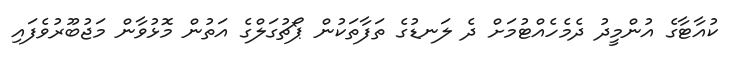
ކުއާޓާގެ އުންމީދު ދެމެހެއްޓުމަށް ދެ ލަނޑުގެ ތަފާތަކުން ޕޯޗުގަލްގެ އަތުން މޮޅުވާން މަޖުބޫރުވެފައި